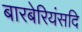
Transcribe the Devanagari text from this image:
बारबेरियंसदि